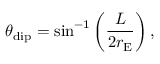
\theta _ { \mathrm { d i p } } = \sin ^ { - 1 } \left( \frac { L } { 2 r _ { \mathrm { E } } } \right) ,